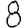
Digit: 8